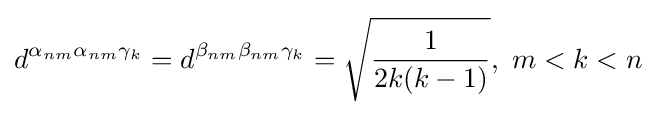
d^{\alpha _{nm}\alpha _{nm}\gamma _{k}}=d^{\beta _{nm}\beta _{nm}\gamma _{k}}={\sqrt {\frac {1}{2k(k-1)}}},~m<k<n